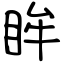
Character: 眸